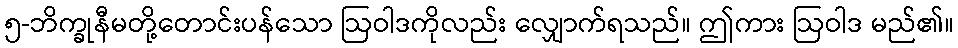
၅-ဘိက္ခုနီမတို့တောင်းပန်သော ဩဝါဒကိုလည်း လျှောက်ရသည်။ ဤကား ဩဝါဒ မည်၏။